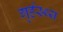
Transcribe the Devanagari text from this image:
गृर्हस्थ्य